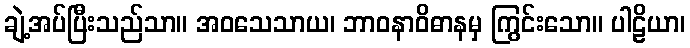
ချဲ့အပ်ပြီးသည်သာ။ အဝသေသာယ၊ ဘာဝနာဝိဓာနမှ ကြွင်းသော။ ပါဠိယာ၊